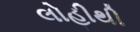
લોહીથી